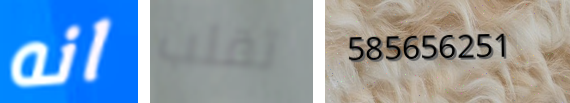
انه تقلب 585656251